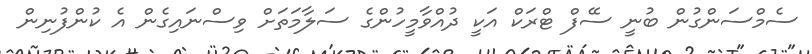
ސެމްސަންގުން ބުނީ ސޭފް ޓްރަކް އަކީ ދުއްވާމީހުންގެ ސަލާމަތަށް ވިސްނައިގެން އެ ކުންފުނިން